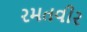
રમતવીર